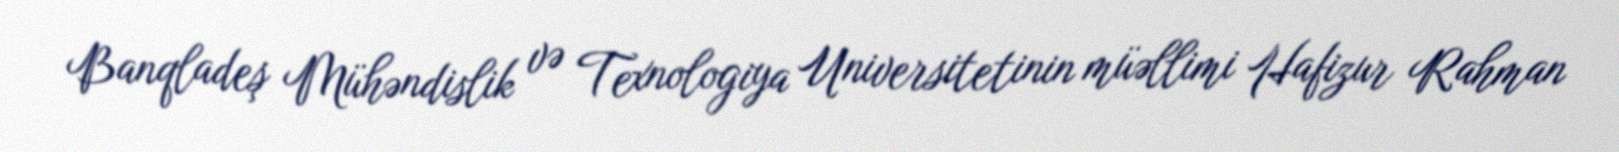
Banqladeş Mühəndislik və Texnologiya Universitetinin müəllimi Hafizur Rahman